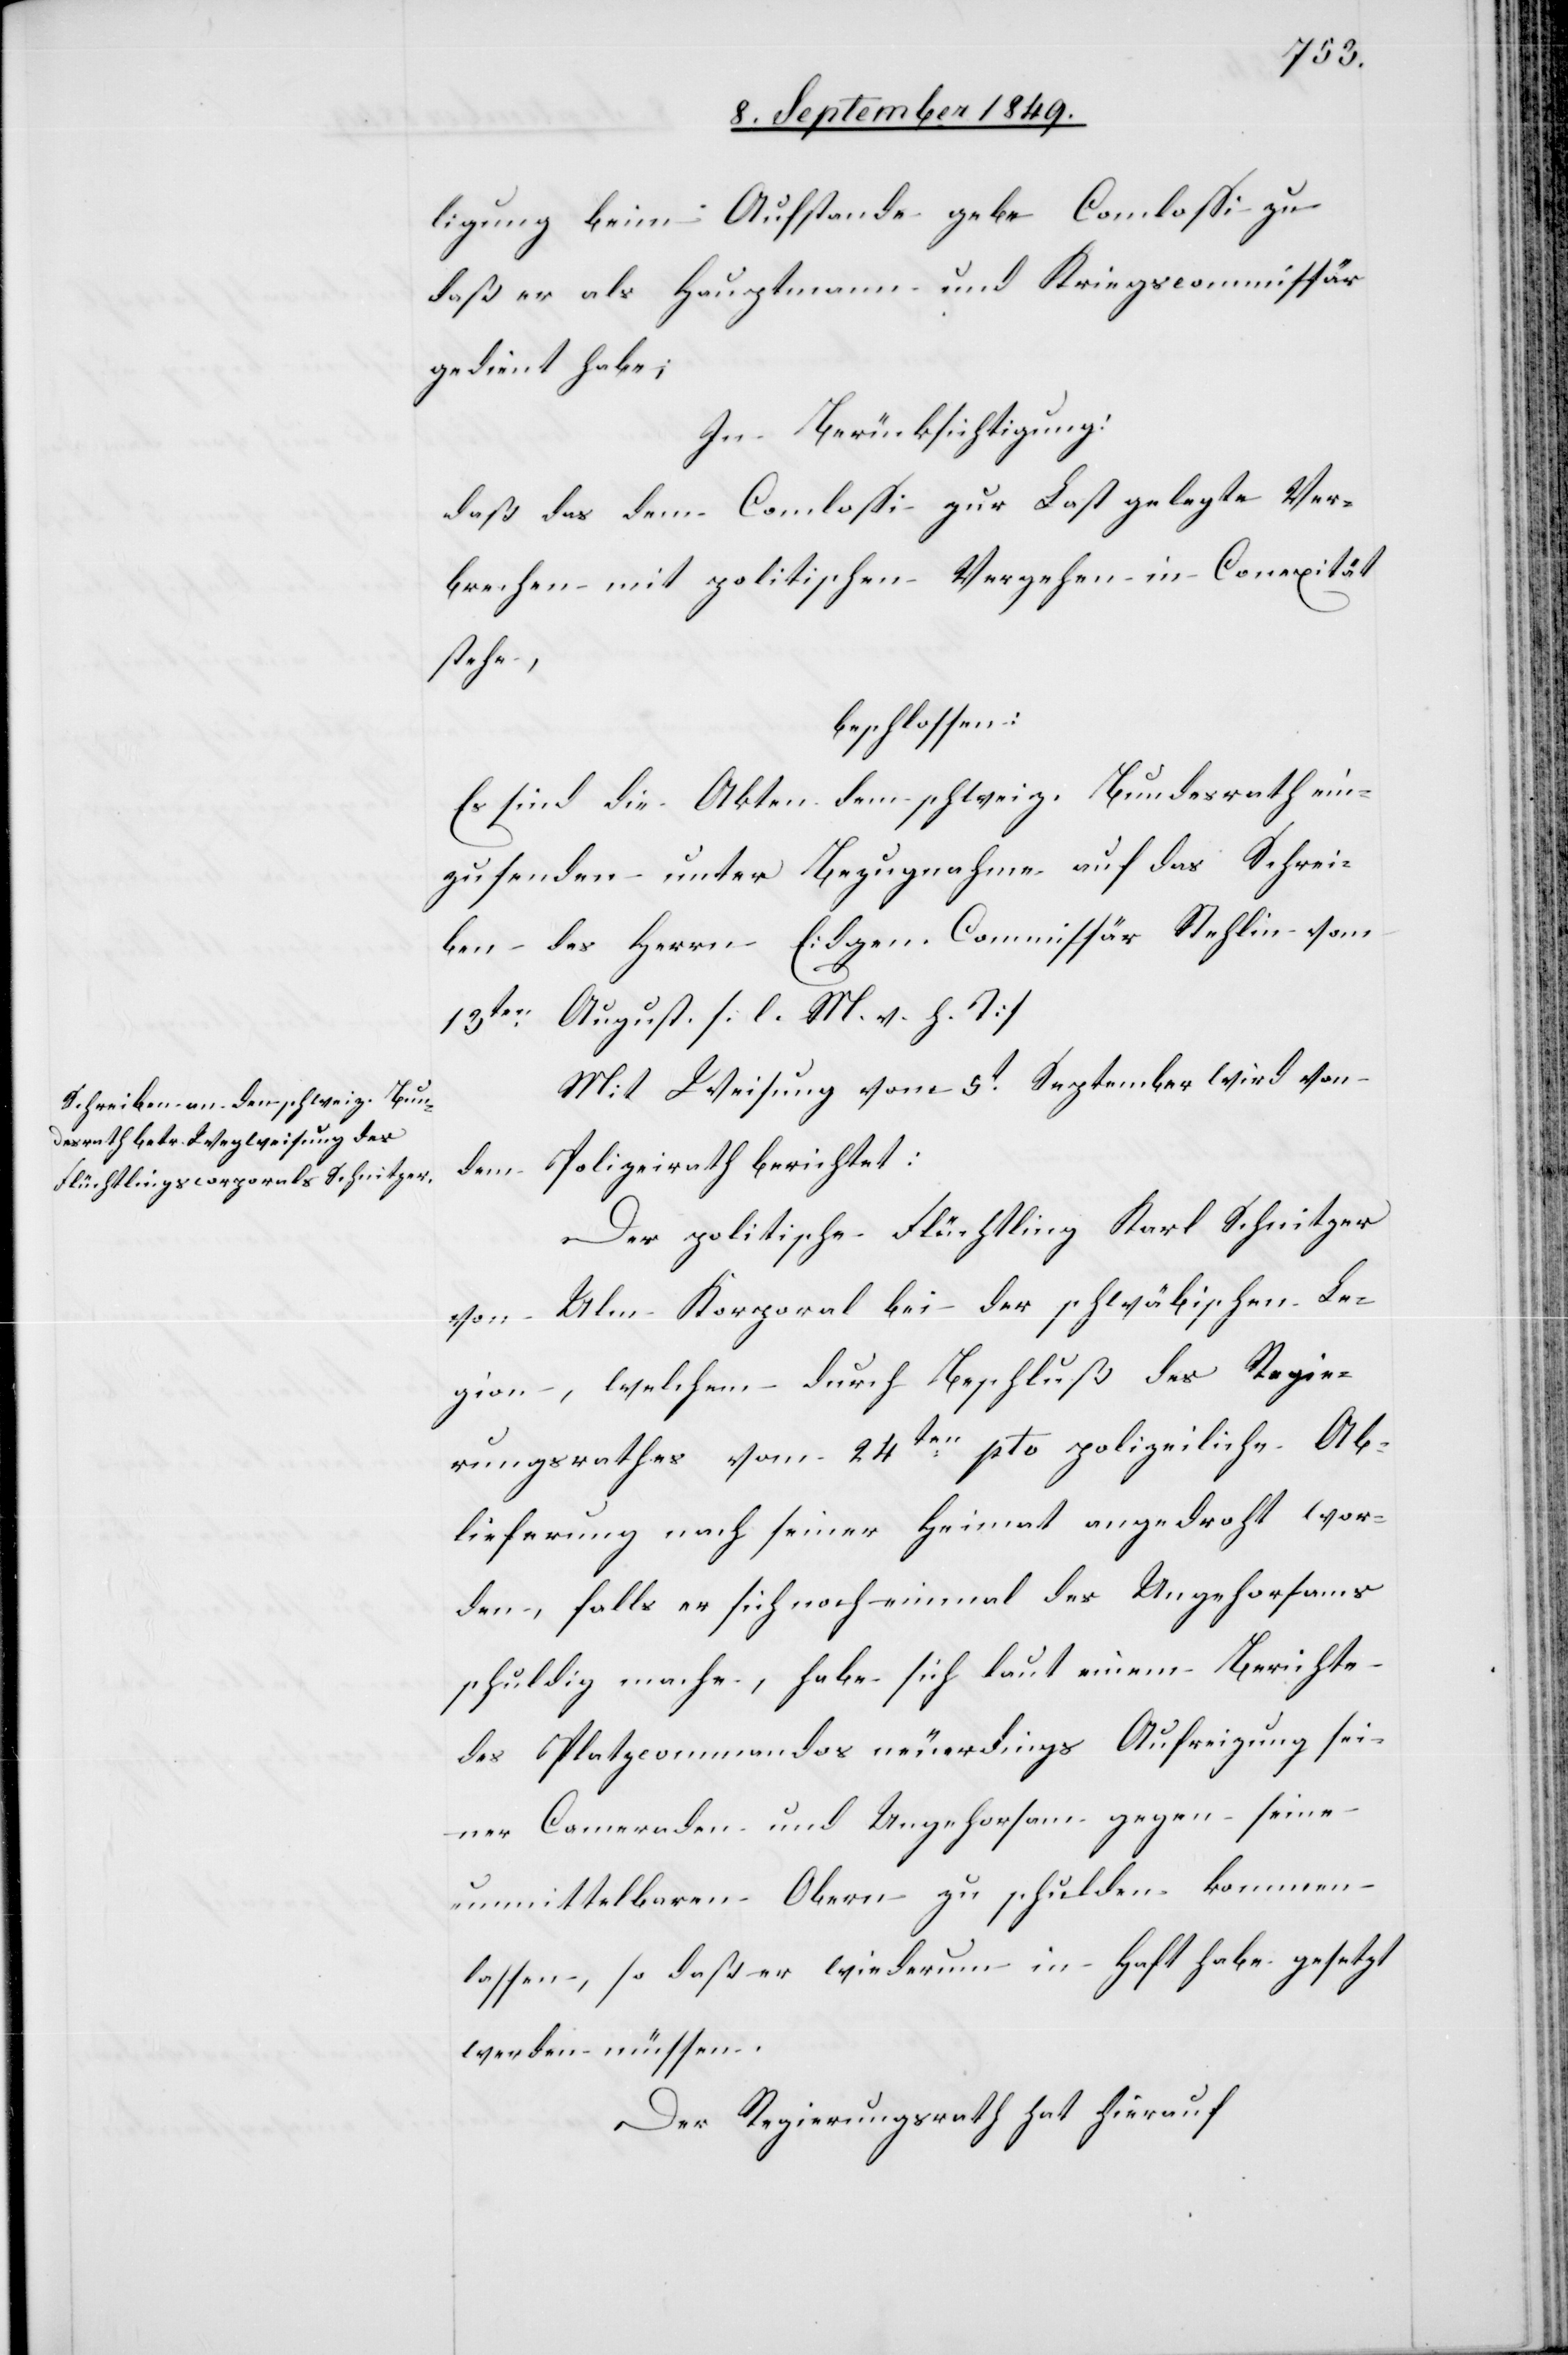
ligung beim Aufstande gebe Comlossi zu
daß er als Hauptmann und Kriegscommissär
gedient habe;
In Berücksichtigung:
daß das dem Comlossi zur Last gelegte Ver¬
brechen mit politischen Vergehen in Conexität
stehe,
beschlossen:
Es sind die Akten dem schweiz. Bundesrath ein¬
zusenden unter Bezugnahme auf das Schrei¬
ben des Herrn Eidgen. Commissär Stehlin vom
13ten August. [l. M. v. h. T]
Mit Weisung vom 5t September wird von
dem Polizeirath berichtet:
Der politische Flüchtling Karl Schnitzer
von Ulm – Korporal bei der schwäbischen Le¬
gion, welchem durch Beschluß des Regie¬
rungsrathes vom 24ten pto polizeiliche Ab¬
lieferung nach seiner Heimat angedroht wor¬
den, falls er sich noch einmal des Ungehorsams
schuldig mache, habe sich laut einem Berichte
des Platzcommandos neuerdings Aufreizung sei¬
ner Cameraden und Ungehorsam gegen seine
unmittelbaren Obern zu schulden kommen
lassen, so daß er wiederum in Haft habe gesetzt
werden müssen.
Der Regierungsrath hat hierauf